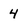
Character: 4